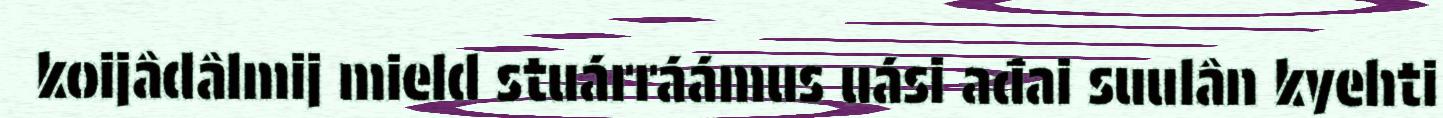
koijâdâlmij mield stuárráámus uási ađai suulân kyehti